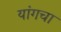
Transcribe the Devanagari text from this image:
यांगचा